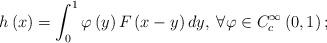
LaTeX: \begin{align*}h\left(x\right)=\int_{0}^{1}\varphi\left(y\right)F\left(x-y\right)dy,\;\forall\varphi\in C_{c}^{\infty}\left(0,1\right);\end{align*}